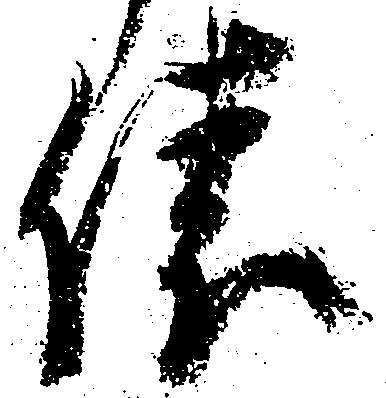
俵